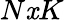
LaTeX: N\mathit{x}K